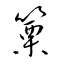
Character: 篥